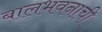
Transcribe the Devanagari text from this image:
बालभवनाची